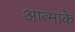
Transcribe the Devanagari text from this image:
आत्माके